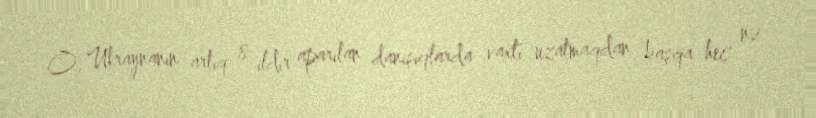
O, Ukraynanın artıq 8 ildir aparılan danışıqlarda vaxtı uzatmaqdan başqa heç nə